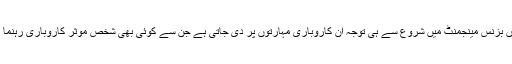
ہمارے ہاں بزنس مینجمنٹ میں شروع سے ہی توجہ ان کاروباری مہارتوں پر دی جاتی ہے جن سے کوئی بھی شخص موثر کاروباری رہنما بن سکے۔